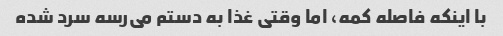
با اینکه فاصله کمه، اما وقتی غذا به دستم می‌رسه سرد شده